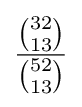
{\frac {\binom {32}{13}}{\binom {52}{13}}}